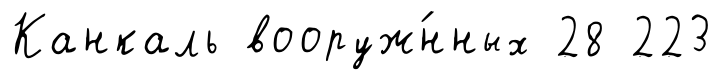
Канкаль вооруж́нных 28 223